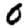
Digit: 0